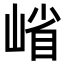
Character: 𭖶